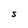
Character: S